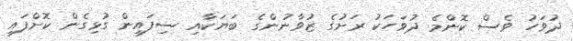
ދުވަހު ވެސް ކޮންމެ ދުވަހަކު ރަށުގެ ޒުވާނުންގެ ބަޔަކާއި ސިފައިން ގުޅިގެން ކޮށްފައި